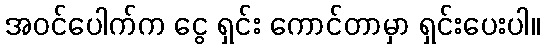
အဝင်ပေါက်က ငွေ ရှင်း ကောင်တာမှာ ရှင်းပေးပါ။